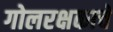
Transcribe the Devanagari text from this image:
गोलरक्षकाचे